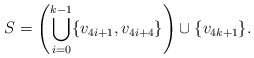
\begin{align*}S = \left( \bigcup_{i=0}^{k-1} \{v_{4i+1},v_{4i+4}\} \right) \cup \{v_{4k+1}\}.\end{align*}